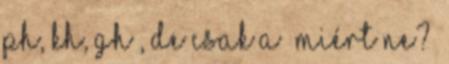
Ph, Kh, Gh , de csak a “miért ne?”